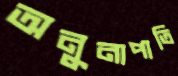
অনুনাপাতি